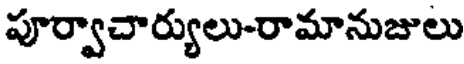
పూర్వాచార్యులు-రామానుజులు